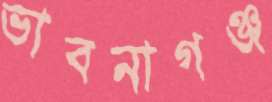
ভাবনাগঞ্জ